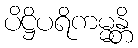
ပိဋ္ဌိပရိကမ္မန္တိ